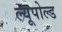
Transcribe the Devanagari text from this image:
ल्यूपोल्ड